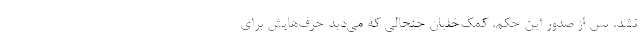
نشد. پس از صدور این حکم، کمک‌خلبان جنجالی که می‌دید حرف‌هایش برای